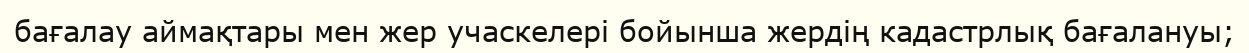
бағалау аймақтары мен жер учаскелері бойынша жердің кадастрлық бағалануы;